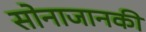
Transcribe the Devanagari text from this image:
सोनाजानकी